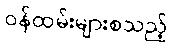
ဝန်ထမ်းများစသည့်